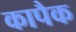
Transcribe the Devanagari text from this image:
कापैक